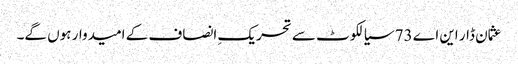
عثمان ڈار این اے 73 سیالکوٹ سے تحریکِ انصاف کے امیدوار ہوں گے۔